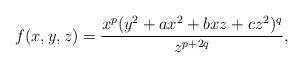
LaTeX: \begin{align*}f(x,y,z)=\dfrac{x^{p}(y^2+ax^2+bxz+cz^2)^q}{z^{p+2q}}, \end{align*}